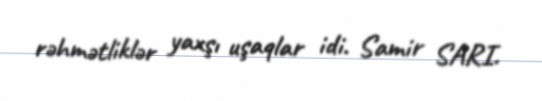
rəhmətliklər yaxşı uşaqlar idi. Samir SARI.